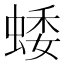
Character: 蜲